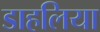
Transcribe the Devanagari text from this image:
डाहलिया